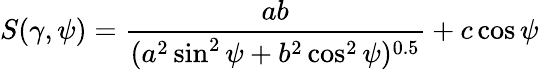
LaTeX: S(\gamma,\psi)=\frac{ab}{(a^{2}\sin^{2}\psi+b^{2}\cos^{2}\psi)^{0.5}}+c\cos\psi